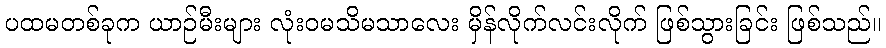
ပထမတစ်ခုက ယာဉ်မီးများ လုံးဝမသိမသာလေး မှိန်လိုက်လင်းလိုက် ဖြစ်သွားခြင်း ဖြစ်သည်။